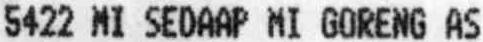
5422 MI SEDAAP MI GORENG AS